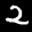
Label: 2